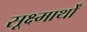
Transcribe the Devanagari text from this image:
सूक्ष्मार्थों